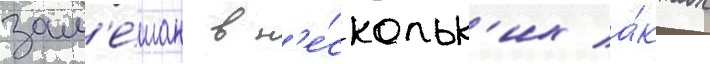
зам'е́шан в н'е́скольк'их а́ктах